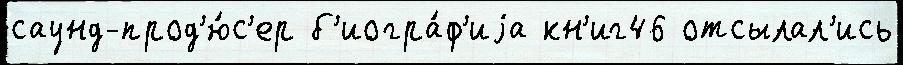
саунд-прод'ю́с'ер б'иогра́ф'иjа кн'иг46 отсылал'ись